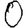
Digit: 0